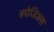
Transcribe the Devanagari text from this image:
त्रपेजिअस